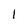
Character: l